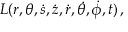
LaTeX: L ( r , \theta , { \dot { s } } , { \dot { z } } , { \dot { r } } , { \dot { \theta } } , { \dot { \phi } } , t ) \, ,